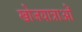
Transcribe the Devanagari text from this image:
खोजयात्राओं